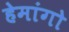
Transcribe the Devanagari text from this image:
हेमांगो